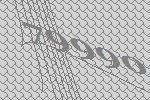
79990